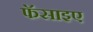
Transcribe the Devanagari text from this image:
फॅसाइए